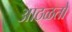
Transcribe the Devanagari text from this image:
आठळतो